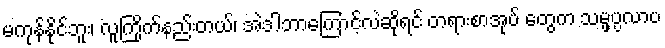
မကုန်နိုင်ဘူး၊ လူကြိုက်နည်းတယ်၊ အဲဒါဘာကြောင့်လဲဆိုရင် တရားစာအုပ် တွေက သမ္ဖပ္ပလာပ